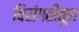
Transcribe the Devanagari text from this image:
विसंगतीतून